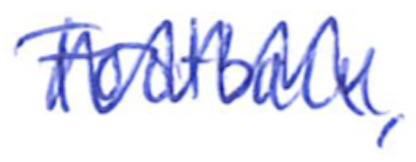
Text: Football,
Cross-out: zig-zag
Writing tool: ballpoint